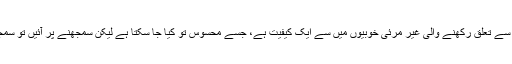
یہ بھی حسیات سے تعلق رکھنے والی غیر مرئی خوبیوں میں سے ایک کیفیت ہے، جسے محسوس تو کیا جا سکتا ہے لیکن سمجھنے پر آئیں تو سمجھ نہیں سکتے۔